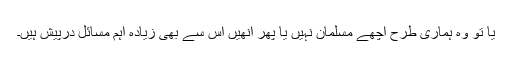
یا تو وہ ہماری طرح اچھے مسلمان نہیں یا پھر انھیں اس سے بھی زیادہ اہم مسائل درپیش ہیں۔